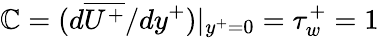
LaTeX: \mathbb{C}=(d\overline{{{U^{+}}}}/{dy^{+}})|_{y^{+}=0}=\tau_{w}^{+}=1